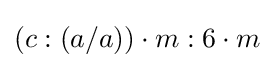
(c:(a/a))\cdot m:6\cdot m